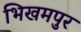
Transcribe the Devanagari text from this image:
भिखमपुर